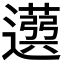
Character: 𦽙